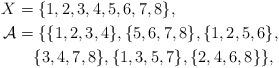
LaTeX: \begin{align*}X =&\; \{1, 2, 3, 4, 5, 6, 7, 8\}, \\\mathcal{A} =&\; \{\{1, 2, 3, 4\},\{ 5, 6, 7, 8\},\{1, 2, 5, 6\},\\&\{3, 4, 7, 8\},\{1, 3, 5, 7\},\{2, 4, 6, 8\}\},\end{align*}